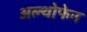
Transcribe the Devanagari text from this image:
अल्थोफेन